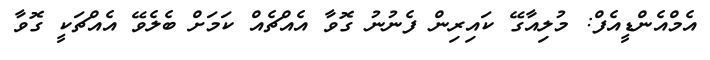
އެމްއެންޑީއެފް: މުލިއާގޭ ކައިރިން ފެނުނު ގޮވާ އެއްޗެއް ކަމަށް ބެލެވޭ އެއްޗަކީ ގޮވާ